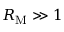
R _ { \mathrm { M } } \gg 1